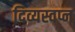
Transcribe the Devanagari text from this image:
दिव्यस्वप्न